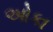
ઓકા